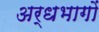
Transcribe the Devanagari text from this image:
अर्धभागों